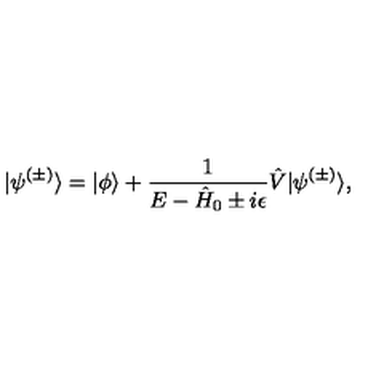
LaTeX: | \psi ^ { ( \pm ) } \rangle = | \phi \rangle + \frac { 1 } { E - \hat { H } _ { 0 } \pm i \epsilon } \hat { V } | \psi ^ { ( \pm ) } \rangle ,